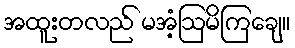
အထူးတလည် မအံ့ဩမိကြချေ။